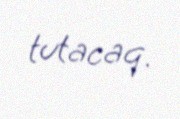
tutacaq.